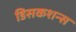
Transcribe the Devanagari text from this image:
डिसकशन्स